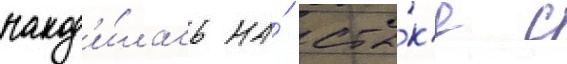
наход'и́лась на́ сты́к'е с